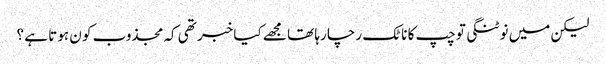
لیکن میں نوٹنگی تو چپ کا ناٹک رچا رہا تھا مجھے کیا خبر تھی کہ مجذوب کو ن ہوتا ہے ؟